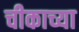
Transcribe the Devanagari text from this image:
चीकाच्या